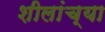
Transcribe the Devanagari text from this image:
शीलांच्या